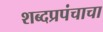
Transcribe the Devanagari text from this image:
शब्दप्रपंचाचा